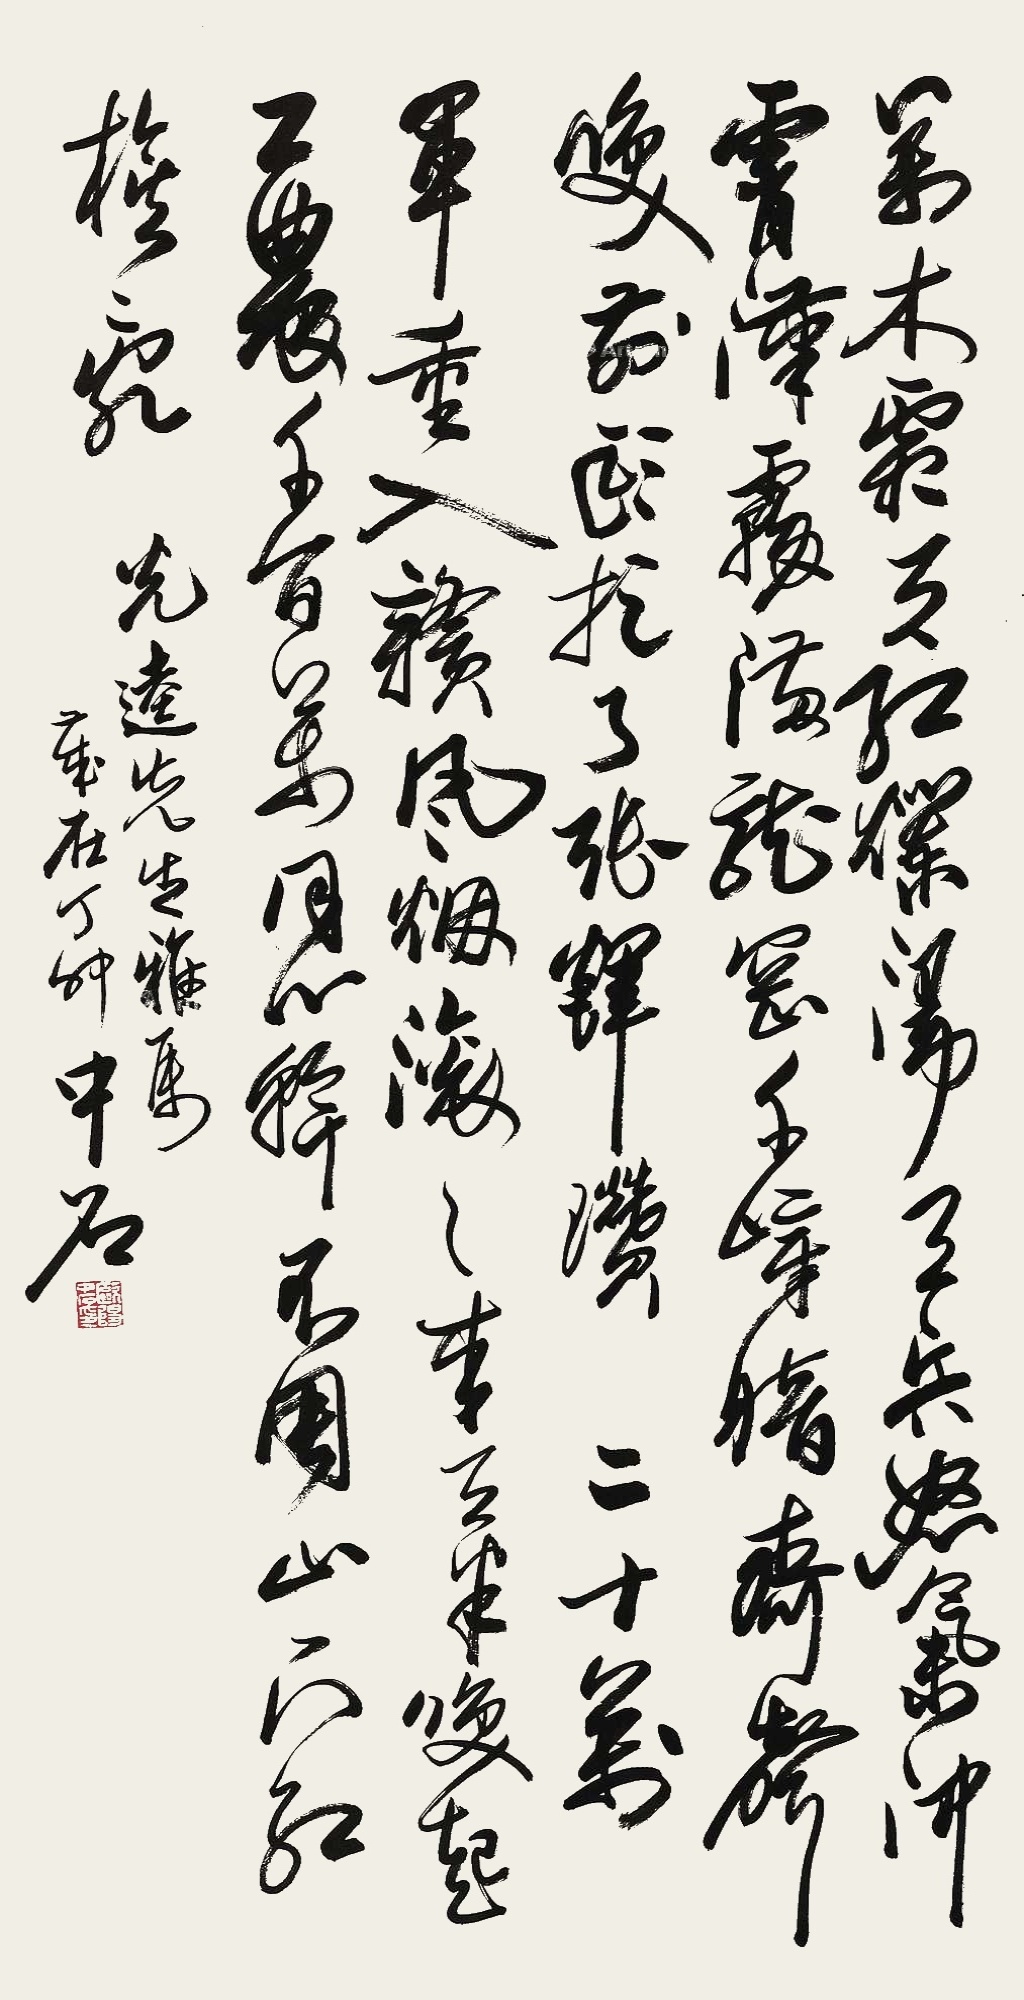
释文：万木霜天红烂漫，天兵怒气冲霄汉。雾满龙冈千嶂暗，齐声唤，前头捉了张辉瓒。二十万军重入赣，风烟滚滚来天半。唤起工农千百万，同心干，不周山下红旗乱。光逵先生雅属。岁在丁卯（1987年），中石。